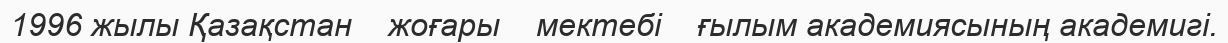
1996 жылы Қазақстан    жоғары    мектебі    ғылым академиясының академигі.